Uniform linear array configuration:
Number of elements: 64
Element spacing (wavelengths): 0.5
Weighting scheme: exponential
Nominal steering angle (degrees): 15
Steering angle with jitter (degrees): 16.489
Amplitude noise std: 0.05
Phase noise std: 0.05

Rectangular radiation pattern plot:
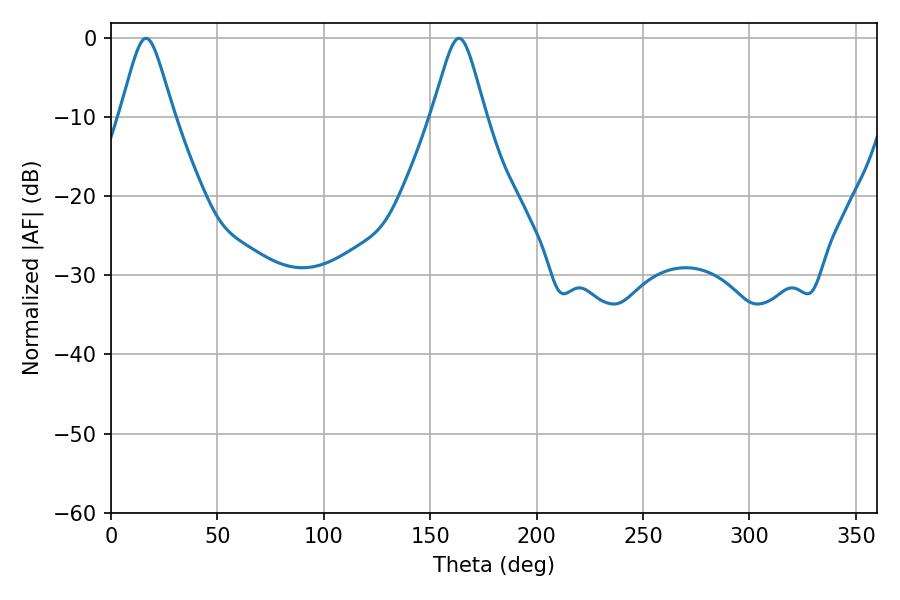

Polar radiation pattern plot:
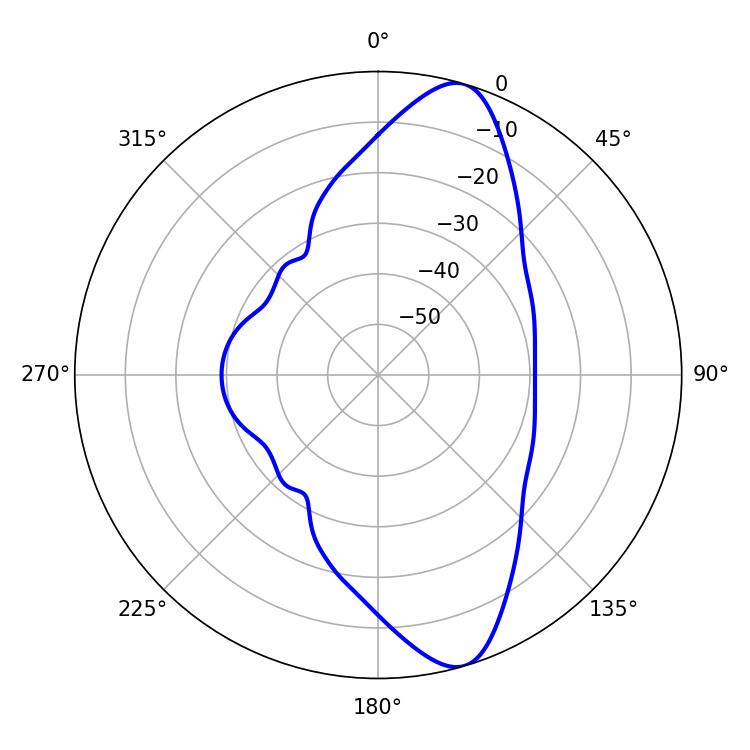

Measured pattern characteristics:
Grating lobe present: FALSE
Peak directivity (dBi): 11.321
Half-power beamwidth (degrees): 12.06
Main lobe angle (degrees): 16.38